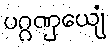
ပဂ္ဂဏှေယျံ